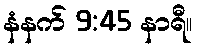
နံနက် 9:45 နာရီ။